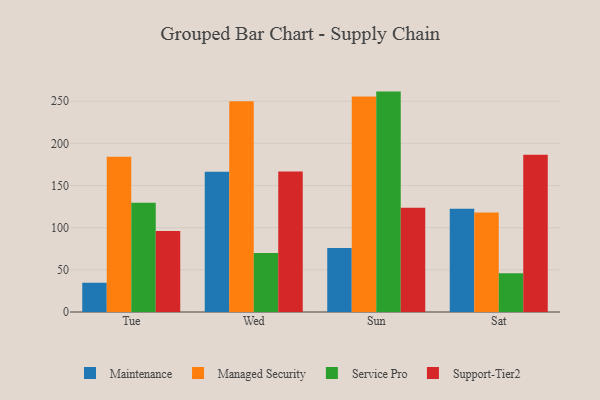
{"axis": {"x": "Day", "y": "Satisfaction Score"}, "legend": ["Maintenance", "Managed Security", "Service Pro", "Support-Tier2"], "data": [{"x": "Tue", "y": 34.7, "type": "Maintenance"}, {"x": "Tue", "y": 184.1, "type": "Managed Security"}, {"x": "Tue", "y": 129.6, "type": "Service Pro"}, {"x": "Tue", "y": 96.1, "type": "Support-Tier2"}, {"x": "Wed", "y": 166.2, "type": "Maintenance"}, {"x": "Wed", "y": 250.0, "type": "Managed Security"}, {"x": "Wed", "y": 70.0, "type": "Service Pro"}, {"x": "Wed", "y": 166.7, "type": "Support-Tier2"}, {"x": "Sun", "y": 76.0, "type": "Maintenance"}, {"x": "Sun", "y": 255.6, "type": "Managed Security"}, {"x": "Sun", "y": 261.4, "type": "Service Pro"}, {"x": "Sun", "y": 123.6, "type": "Support-Tier2"}, {"x": "Sat", "y": 122.5, "type": "Maintenance"}, {"x": "Sat", "y": 118.0, "type": "Managed Security"}, {"x": "Sat", "y": 46.0, "type": "Service Pro"}, {"x": "Sat", "y": 186.5, "type": "Support-Tier2"}]}